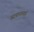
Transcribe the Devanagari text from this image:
उदयानाचार्य